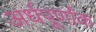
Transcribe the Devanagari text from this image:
अर्धपूर्णांक